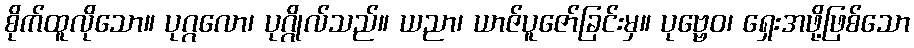
စိုက်ထူလိုသော။ ပုဂ္ဂလော၊ ပုဂ္ဂိုလ်သည်။ ယညာ၊ ယာဇ်ပူဇော်ခြင်းမှ။ ပုဗ္ဗေဝ၊ ရှေးအဖို့ဖြစ်သော